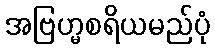
အဗြဟ္မစရိယမည်ပုံ